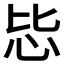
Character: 𪫠